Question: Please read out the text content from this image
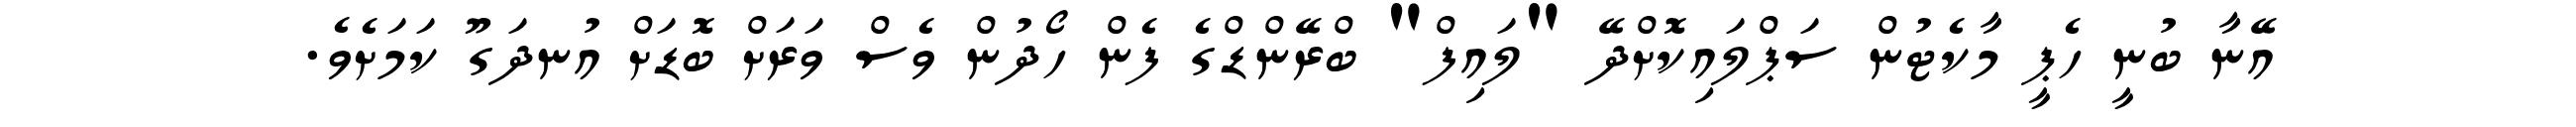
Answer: އޭނާ ބުނީ ހެޕީ މާކެޓުން ސަޕްލައިކޮށްދޭ "ލައިފް" ބްރޭންޑްގެ ފެން ހޯދުން ވެސް ވަރަށް ބޮޑަށް އުނދަގޫ ކަމަށެވެ.